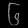
Digit: ၆